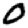
Digit: 0